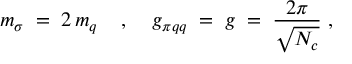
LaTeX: m _ { \sigma } \; = \; 2 \, m _ { q } \; \; \; \; , \; \; \; \; g _ { \pi q q } \; = \; g \; = \; \frac { 2 \pi } { \sqrt { N _ { c } } } \; ,